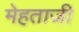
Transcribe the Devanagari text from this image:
मेहताजी